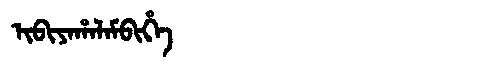
Manchu: ᡳᠪᡳᠶᠠᡥᠠᠯᠠᠮᠪᡳᡥᡝ
Romanization: IBIYAHALAMBIHE